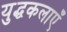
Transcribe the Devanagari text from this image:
युद्धकलाएँ